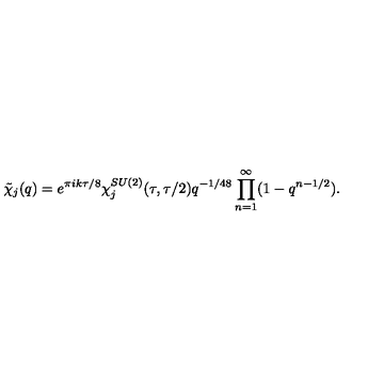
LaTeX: \tilde { \chi } _ { j } ( q ) = e ^ { \pi i k \tau / 8 } \chi _ { j } ^ { S U ( 2 ) } ( \tau , \tau / 2 ) q ^ { - 1 / 4 8 } \prod _ { n = 1 } ^ { \infty } ( 1 - q ^ { n - 1 / 2 } ) .